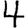
Digit: 4